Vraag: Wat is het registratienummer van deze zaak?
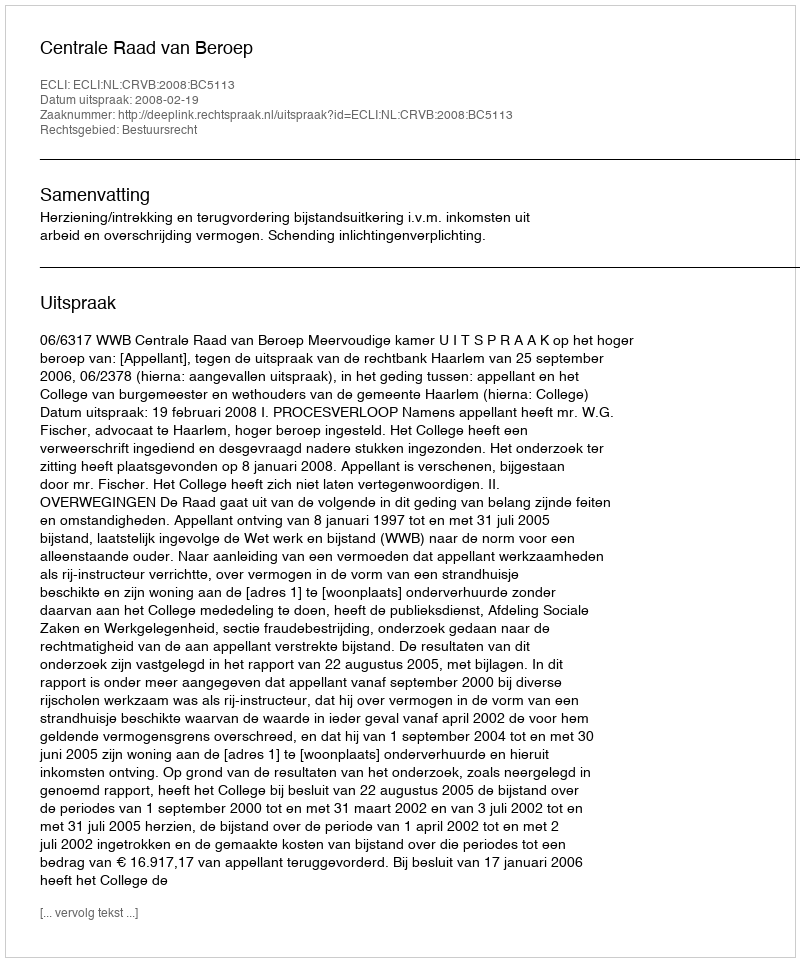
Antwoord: http://deeplink.rechtspraak.nl/uitspraak?id=ECLI:NL:CRVB:2008:BC5113